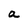
Character: a